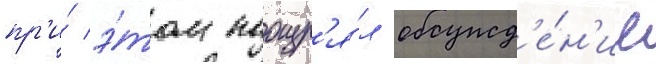
пр'и́ э́том поощр'я́л обсужд'е́н'ие